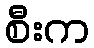
စီးက